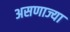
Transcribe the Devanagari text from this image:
असणाज्या